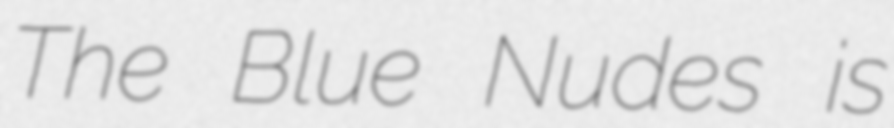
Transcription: The Blue Nudes is